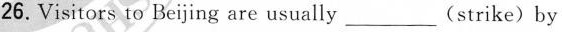
26.Visitors to Beijing are usually_(strike)by